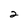
Character: 2